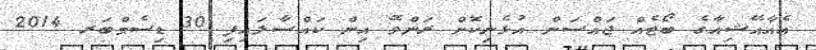
އެއާއޭޝިއާގެ ބޯޓެއް ޖައްސަން އުޅެނިކޮށް ރަންވޭ އިން ކައްސާލައިފި 30 ޑިސެމްބަރ 2014